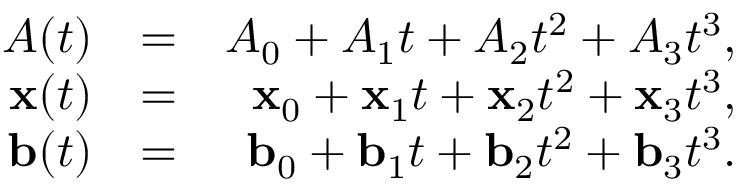
\begin{array} { r l r } { A ( t ) } & { = } & { A _ { 0 } + A _ { 1 } t + A _ { 2 } t ^ { 2 } + A _ { 3 } t ^ { 3 } , } \\ { { \bf x } ( t ) } & { = } & { { \bf x } _ { 0 } + { \bf x } _ { 1 } t + { \bf x } _ { 2 } t ^ { 2 } + { \bf x } _ { 3 } t ^ { 3 } , } \\ { { \bf b } ( t ) } & { = } & { { \bf b } _ { 0 } + { \bf b } _ { 1 } t + { \bf b } _ { 2 } t ^ { 2 } + { \bf b } _ { 3 } t ^ { 3 } . } \end{array}